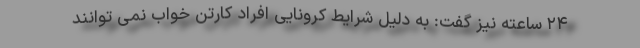
۲۴ ساعته نیز گفت: به دلیل شرایط کرونایی افراد کارتن خواب نمی توانند